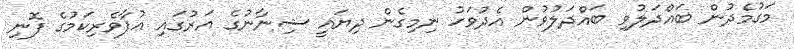
މަގުމެދުން ބައްދަލުވި ބައްދަލުވުން އެދުވަހު ނިމިގެން ދިޔައީ ޝިނާނުގެ އަރުގައި އުފާވެރިކަމުގެ ފޮނި